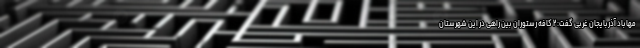
مهاباد آذربایجان غربی گفت: ۲ کافه رستوران بین راهی در این شهرستان